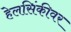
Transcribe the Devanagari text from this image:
हेलसिंकीवर